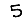
Digit: 5